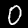
Label: 0